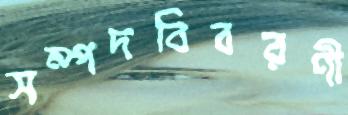
সম্পদবিবরণী